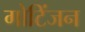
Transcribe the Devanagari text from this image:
गोटिंजन